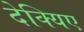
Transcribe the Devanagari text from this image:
देक्यिए